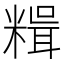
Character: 𥻯